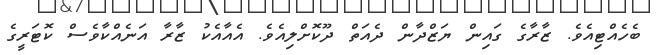
ބެހެއްޓިއެވެ. ޒާރާގެ ގައިން ޔަޒްދާން ދެއަތް ދޫކޮށްލިއެވެ. އެއާއެކު ޒާރާ އަނެއްކާވެސް ކޮޓަރީގެ